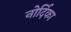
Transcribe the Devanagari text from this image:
नोर्दिका